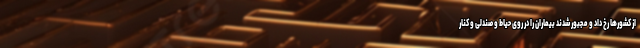
از کشورها رخ داد و مجبور شدند بیماران را در روی حیاط و صندلی و کنار